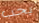
يجب